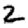
Digit: 2